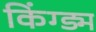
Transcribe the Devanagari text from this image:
किंग्ड्म